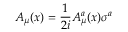
A _ { \mu } ( x ) = { \frac { 1 } { 2 i } } A _ { \mu } ^ { a } ( x ) \sigma ^ { a }